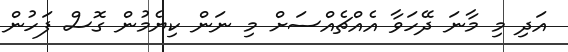
އަދި މި މާނަ ދޭހަވާ އެއްޗެއްސަށް މި ނަން ކިޔެމުން ގޮސް ފަހުން